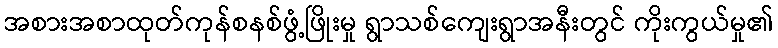
အစားအစာထုတ်ကုန်စနစ်ဖွံ့ဖြိုးမှု ရွာသစ်ကျေးရွာအနီးတွင် ကိုးကွယ်မှု၏